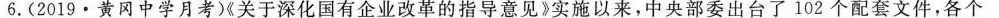
6.(2019·黄冈中学月考)《关于深化国有企业改革的指导意见》实施以来，中央部委出台了102个配套文件，各个